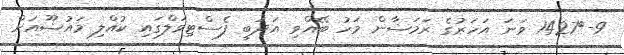
9-	1427 ވަނަ އަހަރުގެ ރަމަޟާން މަހު ބޭއްވި އަދަބީ ފެސްޓިވަލްގައި ކުއްލި މައުޟޫއަށް